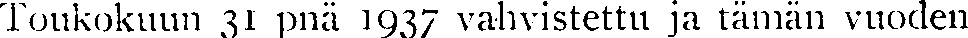
Toukokuun 31 pnä 1937 vahvistettu ja tämän vuoden